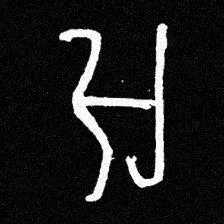
Pyu character \u2014 Myanmar letter: အ (romanized: a)